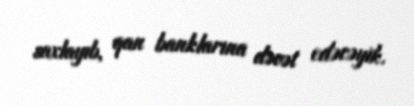
saxlayıb, qan banklarına dəvət edəcəyik.